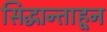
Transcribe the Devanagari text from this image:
सिद्धान्ताहून